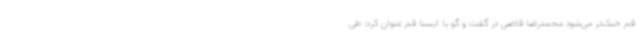
قم خنک‌تر می‌شود محمدرضا قاضی در گفت و گو با ایسنا قم عنوان کرد: طی